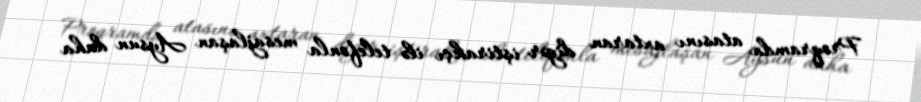
Proqramda atasını axtaran digər iştirakçı ilə telefonla mesajlaşan Aysun daha